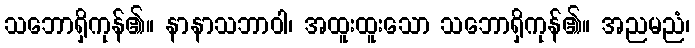
သဘောရှိကုန်၏။ နာနာသဘာဝါ၊ အထူးထူးသော သဘောရှိကုန်၏။ အညမညံ၊